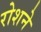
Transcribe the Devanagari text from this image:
रोशने